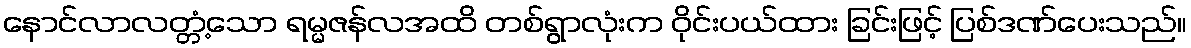
နောင်လာလတ္တံ့သော ရမ္မဇန်လအထိ တစ်ရွာလုံးက ဝိုင်းပယ်ထား ခြင်းဖြင့် ပြစ်ဒဏ်ပေးသည်။